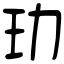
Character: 玏